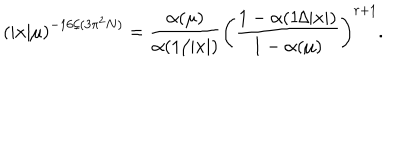
LaTeX: \left( | x | \mu \right) ^ { - 1 6 / ( 3 \pi ^ { 2 } N ) } = { \frac { \alpha ( \mu ) } { \alpha ( 1 / | x | ) } } \left( { \frac { 1 - \alpha ( 1 / | x | ) } { 1 - \alpha ( \mu ) } } \right) ^ { r + 1 } .